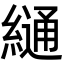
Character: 𦄷